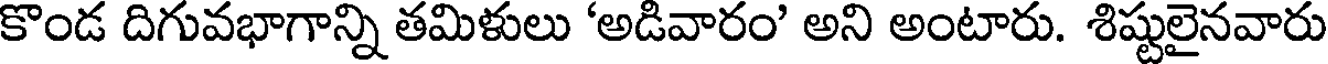
కొండ దిగువభాగాన్ని తమిళులు 'అడివారం' అని అంటారు. శిష్టులైనవారు